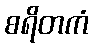
စရိတကံ